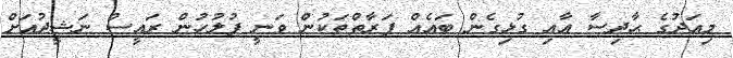
މިއަދުގެ ޙާދިސާ އާއި ގުޅިގެން ބައެއް ފަރާތްތަކުން ވަނީ ފުލުހުން ރައީސް ނަޝީދުއަށް